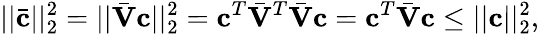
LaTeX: ||\bar{\mathbf{c}}||_{2}^{2}=||\bar{\mathbf{V}}\mathbf{c}||_{2}^{2}=\mathbf{c}^{T}\bar{\mathbf{V}}^{T}\bar{\mathbf{V}}\mathbf{c}=\mathbf{c}^{T}\bar{\mathbf{V}}\mathbf{c}\leq||\mathbf{c}||_{2}^{2},